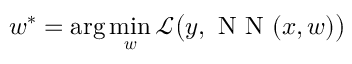
\boldsymbol { w ^ { * } } = \arg \operatorname* { m i n } _ { \boldsymbol { w } } \mathcal { L } \big ( \boldsymbol { y } , \mathrm { ~ N ~ N ~ } ( \boldsymbol { x } , \boldsymbol { w } ) \big )